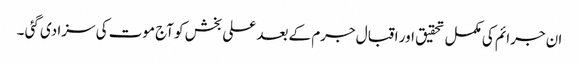
ان جرائم کی مکمل تحقیق اور اقبال جرم کے بعد علی بخش کو آج موت کی سزا دی گئی ۔